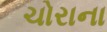
ચોરાના